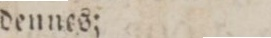
dennes;